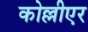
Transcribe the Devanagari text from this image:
कोल्लीएर